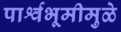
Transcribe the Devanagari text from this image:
पार्श्वभूमीमुळे